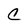
Character: C